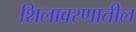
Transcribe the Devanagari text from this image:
शिलावरणातील